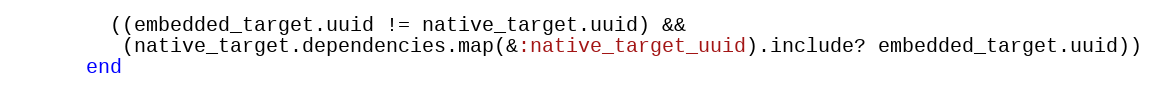
Language: Ruby
        ((embedded_target.uuid != native_target.uuid) &&
         (native_target.dependencies.map(&:native_target_uuid).include? embedded_target.uuid))
      end